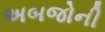
અબજોની